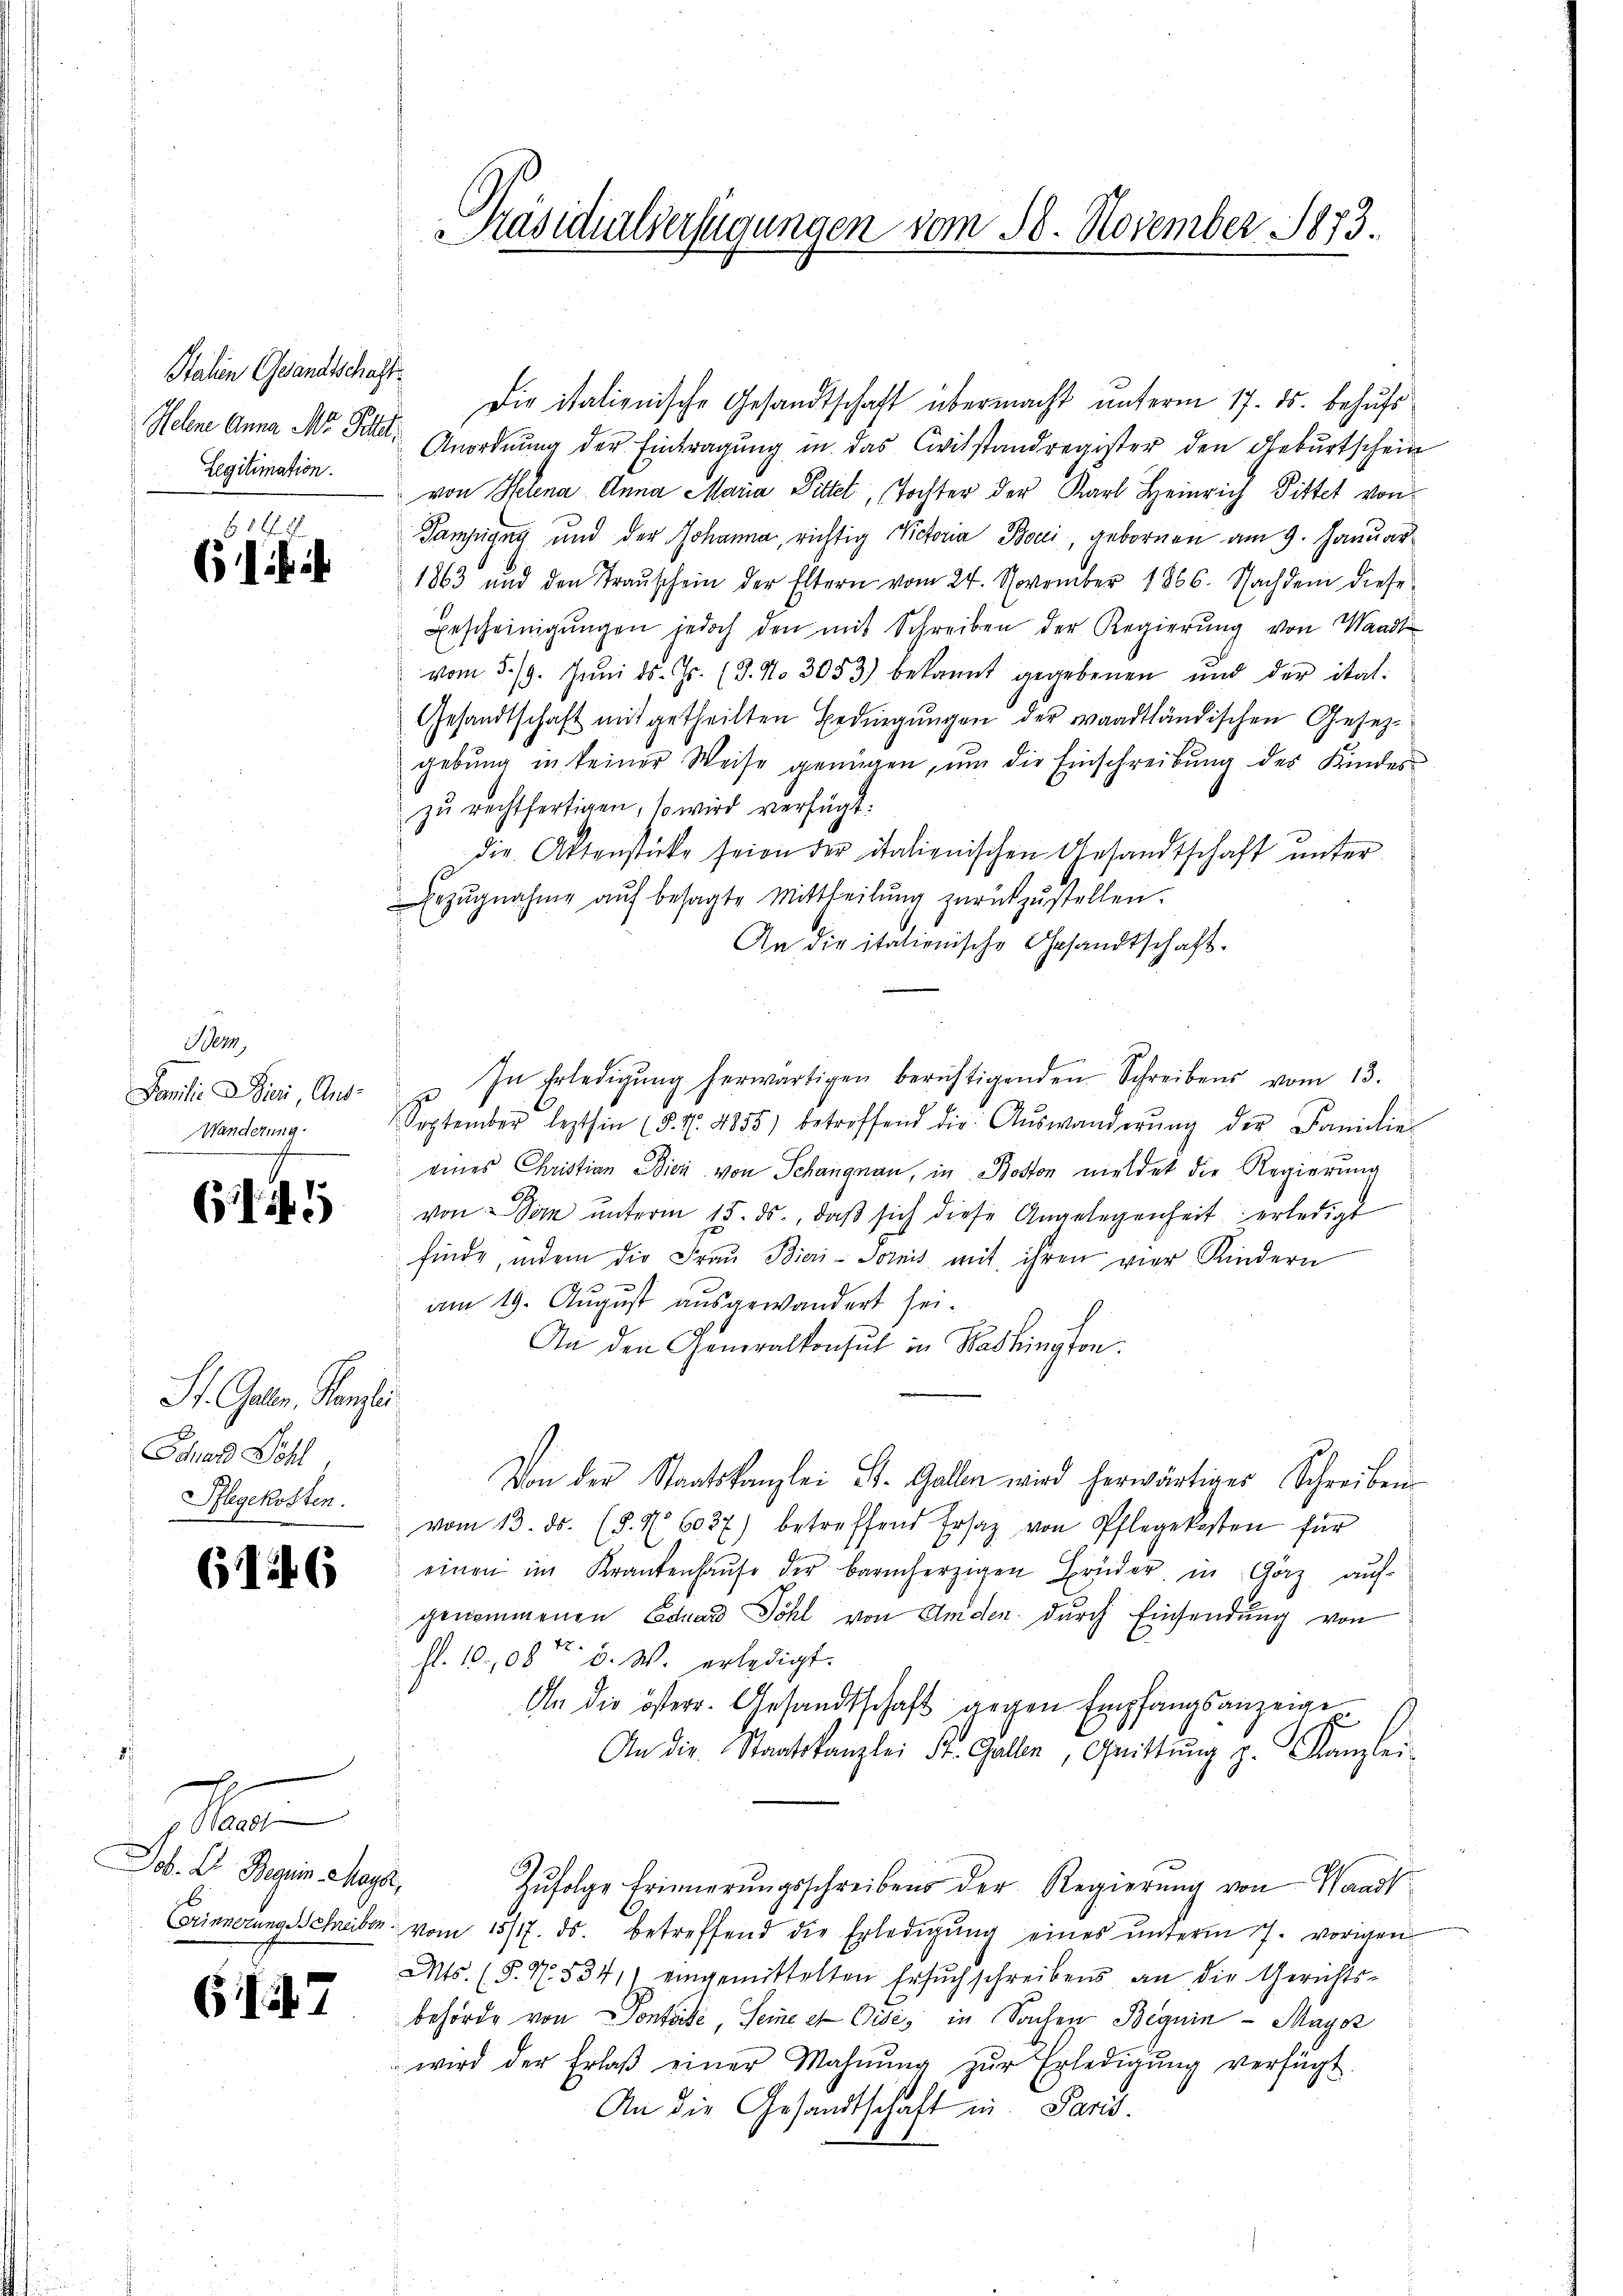
Stahen Gesandtschaft
Legitimation.

ff 58
6

Wer,
Familie Dici, Aus¬
Wanderung.

G1145

St. Galer, Kanzli
Schard Wohl
Pflegekosten.

6146

n
Job. D. Regien sagt,

647

Die italienische Gesandtschaft übermacht unterm 17. ds. behufs
Hehne Anna M. Palle Anordnŭng der Eintragŭng in das Civilstandregister den Gebŭrtschein
von Helena Anna Maria Pittel, Tochter der Karl Heinrich Pittel von
Tampigny und der Johanna, richtig Victoria Boci, gebornen am 9. Januar
1863 und den Traŭschein der Eltern vom 24. November 1866. Nachdem diese
Bescheinigŭngen jedoch den mit Schreiben der Regierŭng von Waadt
vom 5./9. Jŭni ds. Jr. (3. No 3053) bekannt gegebenen ŭnd der ital-
Gesandtschaft mit getheilten Bedingungen der waadtländischen Gesezgebung in keiner Weise genügen, um die Einschreibung des Kindes-
zŭ rechtfertigen, so wird verfügt:
die Aktenstücke seien der italienischen Gesandtschaft ŭnter
rzŭgnahme aŭf besagte Mittheilŭng zŭrückzŭstellen.
An die italionische Gesandtschaft.
In Erledigŭng herwärtigen berichtigenden Schreibens vom 13.
September lezthin (§. 7. 4855) betreffend die Aŭswanderŭng der Familie-
eines Christian Bier von Schangnau, in Boston meldet die Regierung
von Sohn ŭnterm 15. ds., daβ sich diese Angelegenheit erledigt
finde, indem die Fraŭ Bieri-Tornis mit ihren vier Kindern
s
am 19. August ausgewandert sei.
An den Generalkonsul in Washington.
Von der Staatskanzlei St. Gallen wird herwärtiger Schreiben
vom 13. ds. (§. 7. 6027) betreffend Ersatz von Pflegekosten für
einen im Krankenhaŭse der barmherzigen Brüder in Görz auf
genommenen Eduard Söhl von Amden durch Einsendung von
fl. 10,08t d. W. erledigt.
An die österr. Gesandtschaft gegen Empfangsanzeige
An die Staatskanzlei St. Gallen, Grittŭng z. Kanzlei-
Zŭfolge Erinnerungsschreibens der Regierŭng von Waadt
CorinnerungsSchreiben vom 15/17. ds. betreffend die Erledigŭng eines ŭnterm 7. vorigen
Mts. (§. No. 5341) eingemittelten Ersuch schreibens an die Gerichtsbehörde von Pontoide Seine et Dise, in Sachen Beguin - Maysz
wird der Erlaβ einer Mahnŭng zŭr Erledigŭng verfügt
An die Gesandtschaft in Pand.

Päsidialverfügungen vom 18. November 1873.